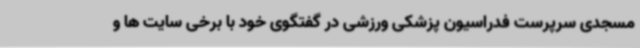
مسجدی سرپرست فدراسیون پزشکی ورزشی در گفتگوی خود با برخی سایت ها و